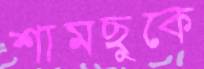
শামছুকে